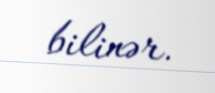
bilinər.